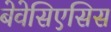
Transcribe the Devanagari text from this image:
बेवेसिएसिस